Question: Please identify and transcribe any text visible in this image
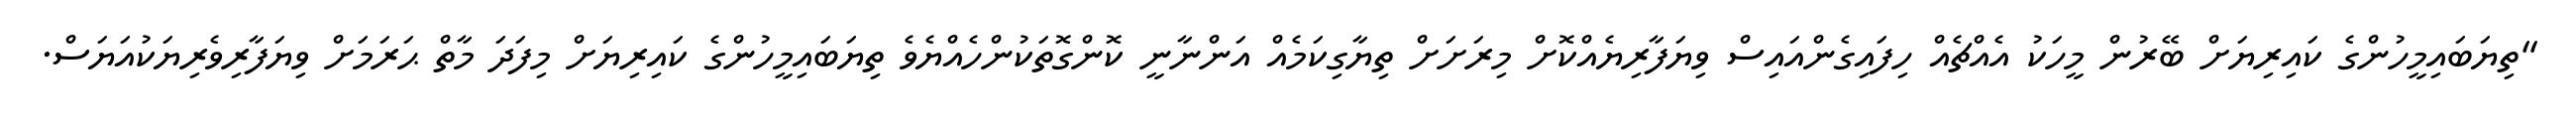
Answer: "ތިޔަބައިމީހުންގެ ކައިރިޔަށް ބޭރުން މީހަކު އެއްޗެއް ހިފައިގެންއައިސް ވިޔަފާރިޔެއްކޮށް މިރަށަށް ތިޔާގިކަމެއް އަންނާނީ ކޮންގޮތަކުންހެއްޔެވެ ތިޔަބައިމީހުންގެ ކައިރިޔަށް މިފަދަ މާތް ޙަރަމަށް ވިޔަފާރިވެރިޔަކުއަޔަސް.